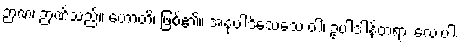
ဉာဏံ၊ ဉာဏ်သည်။ ဟောတိ၊ ဖြစ်၏။ အနုပါဒိသေသေ ဝါ၊ ဥပါဒါန်တရား လေးပါး